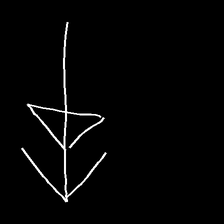
Glyph: pull